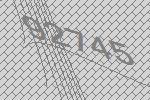
92745